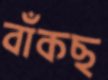
বাঁকছ